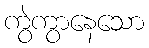
ကွဲကွာနေသော